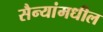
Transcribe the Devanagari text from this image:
सैन्यांमधील